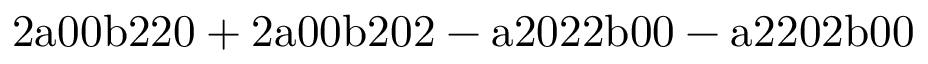
\mathrm { 2 a 0 0 b 2 2 0 + 2 a 0 0 b 2 0 2 - a 2 0 2 2 b 0 0 - a 2 2 0 2 b 0 0 }